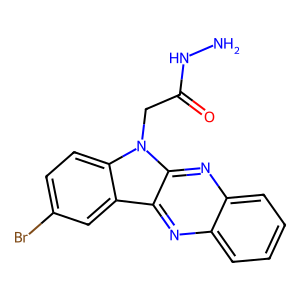
SMILES: NNC(=O)Cn1c2ccc(Br)cc2c2nc3ccccc3nc21
Inhibits HIV replication: No